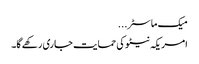
میک ماسٹر ...
امریکہ نیٹو کی حمایت جاری رکھے گا۔